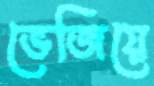
ভেজিয়ে